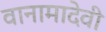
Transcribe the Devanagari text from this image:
वानामादेवी